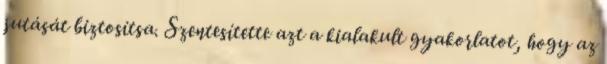
jutását biztosítsa. Szentesítette azt a kialakult gyakorlatot, hogy az